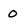
Character: O